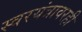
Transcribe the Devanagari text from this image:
स्वरयंत्रावरही